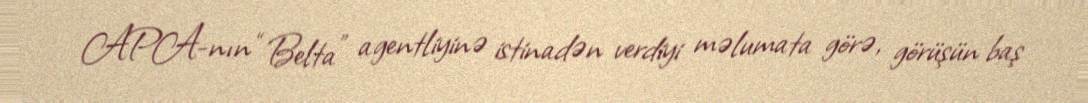
APA-nın “Belta” agentliyinə istinadən verdiyi məlumata görə, görüşün baş